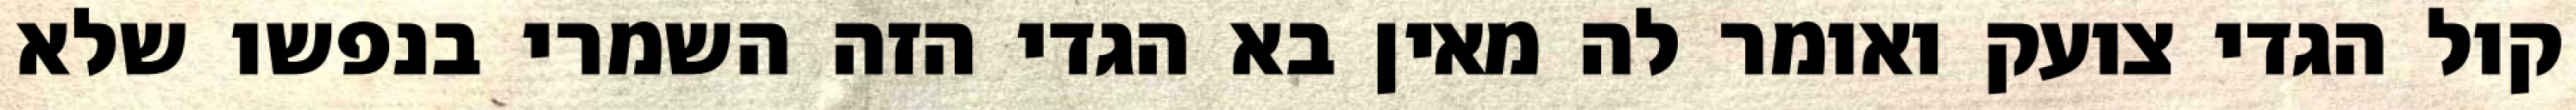
קול הגדי צועק ואומר לה מאין בא הגדי הזה השמרי בנפשו שלא